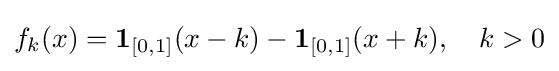
f_{k}(x)=\mathbf {1} _{[0,1]}(x-k)-\mathbf {1} _{[0,1]}(x+k),\ \ \ k>0